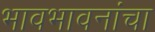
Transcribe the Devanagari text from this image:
भावभावनांचा